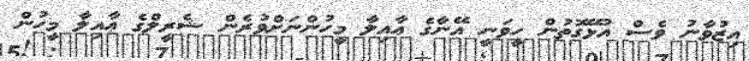
އިޒުވާނު ވެސް އުޅޭގޮތުން ހީވަނީ އޭނާގެ ޢާއިލާ މީހުންނަށްވުރެން ޝެރީލްގެ ޢާއިލާ މީހުން